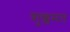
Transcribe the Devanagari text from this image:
शुक्लमत